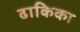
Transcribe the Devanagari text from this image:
ढाकिका